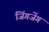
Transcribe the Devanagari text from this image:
जिंगजेंग